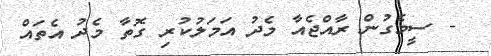
- ސީމެގުން ރާއްޖެއާ މެދު އަމަލުކުރި ގޮތާ މެދު އެތައް